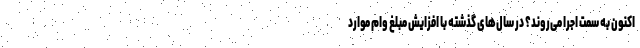
اکنون به سمت اجرا می‌روند؟ در سال‌های گذشته با افزایش مبلغ وام موارد